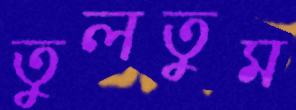
তুলতুম